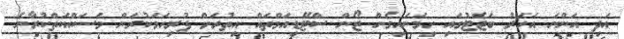
އަދި އަންނަ އަހަރު ބަޖެޓުގައި ހިމަނައިގެން ޒޯން ސްޓޭޑިއަމްތައް އިތުރަށް ފުރިހަމަކުރަން މަސައްކަތްކުރާނެ